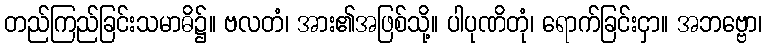
တည်ကြည်ခြင်းသမာဓိ၌။ ဗလတံ၊ အား၏အဖြစ်သို့။ ပါပုဏိတုံ၊ ရောက်ခြင်းငှာ။ အဘဗ္ဗော၊